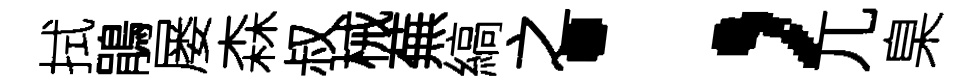
拭鵑屡森叔械蕪縞之；兀臬